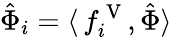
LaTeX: \hat{\Phi}_{i}=\langle\, f_{i}^{\mathrm{~V~}},\hat{\Phi}\rangle